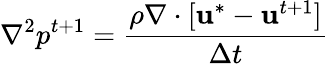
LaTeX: \nabla^{2}p^{t+1}=\frac{\rho\nabla\cdot[\mathbf{u}^{*}-\mathbf{u}^{t+1}]}{\Delta t}